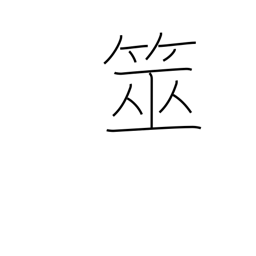
Meaning: (water) divining equipment